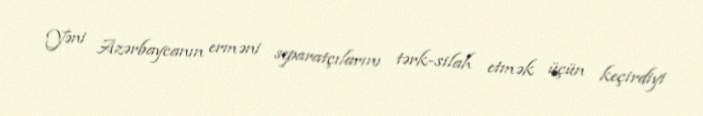
Yəni Azərbaycanın erməni separatçılarını tərk-silah etmək üçün keçirdiyi